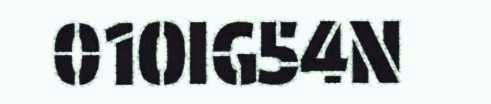
01OIG54N